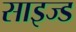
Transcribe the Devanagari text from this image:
साइज्ड